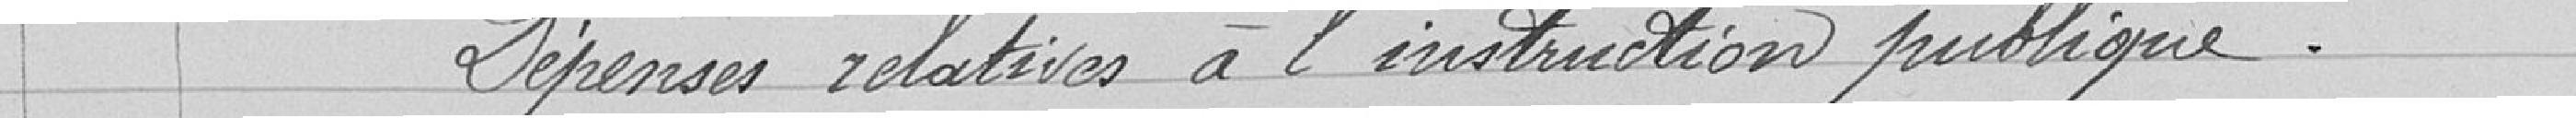
Dépenses relatives à l'instruction publique.